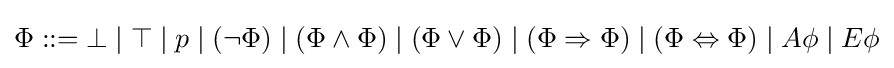
\Phi ::=\bot \mid \top \mid p\mid (\neg \Phi )\mid (\Phi \land \Phi )\mid (\Phi \lor \Phi )\mid (\Phi \Rightarrow \Phi )\mid (\Phi \Leftrightarrow \Phi )\mid A\phi \mid E\phi